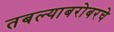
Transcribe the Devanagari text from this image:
तबल्याबरोबरचे